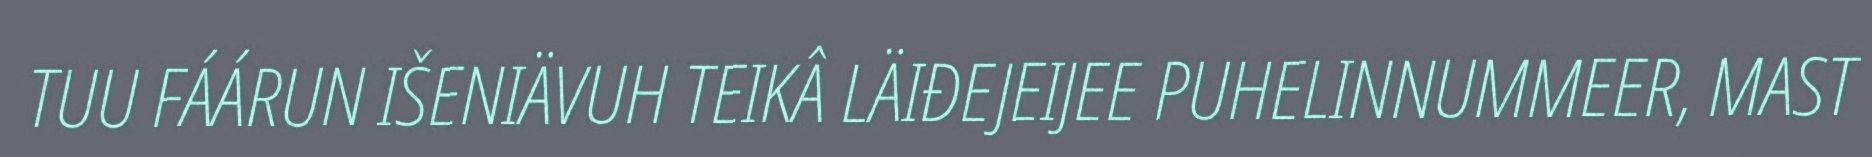
TUU FÁÁRUN IŠENIÄVUH TEIKÂ LÄIĐEJEIJEE PUHELINNUMMEER, MAST